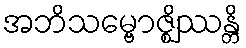
အဘိသမ္ဗောဇ္ဈိဿန္တိ